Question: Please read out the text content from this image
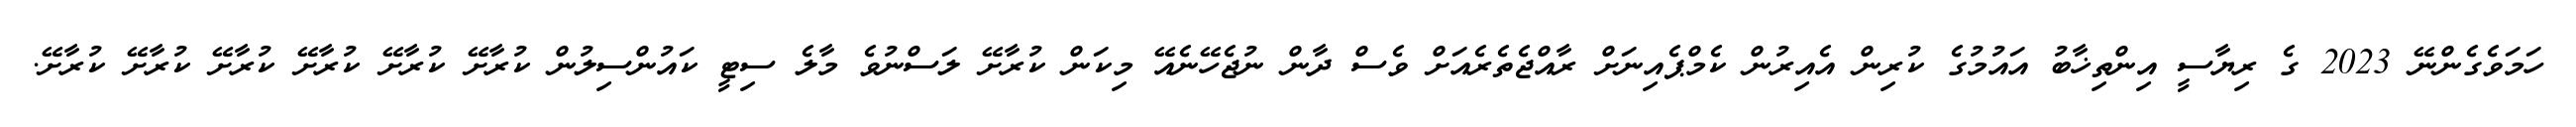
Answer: ހަމަވެގެންނޭ 2023 ގެ ރިޔާސީ އިންތިޚާބު އައުމުގެ ކުރިން އެއިރުން ކެމްޕެއިނަށް ރާއްޖެތެރެއަށް ވެސް ދާން ނުޖެހޭނެއޭ މިކަން ކުރާށޭ ލަސްނުވެ މާލެ ސިޓީ ކައުންސިލުން ކުރާށޭ ކުރާށޭ ކުރާށޭ ކުރާށޭ ކުރާށޭ ކުރާށޭ.